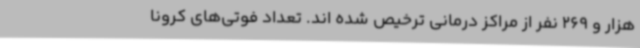
هزار و 269 نفر از مراکز درمانی ترخیص شده اند. تعداد فوتی‌های کرونا